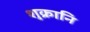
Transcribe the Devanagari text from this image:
शुक्रानि